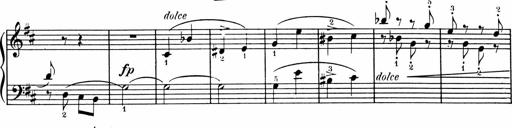
Title: 1Ã¨re Sonatine
Composer: FrÃ©dÃ©ric Binet